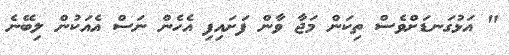
" އަޅުގަނޑަށްވެސް ތިކަން މަޖާ ވާން ފަށައިފި އެހެން ނަސް އެއަކުން ލިބޭނެ